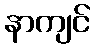
နာကျင်